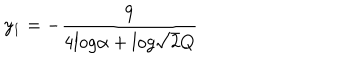
LaTeX: y _ { 1 } = - \frac { 9 } { 4 l o g \alpha + l o g \sqrt { 2 } Q }